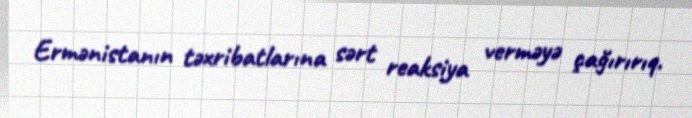
Ermənistanın təxribatlarına sərt reaksiya verməyə çağırırıq.